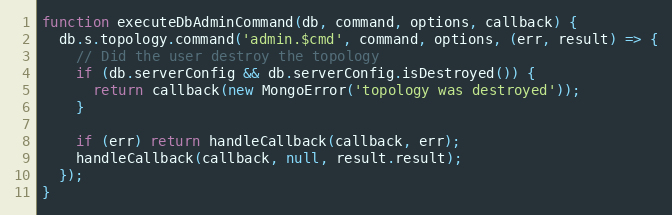
Language: JavaScript
function executeDbAdminCommand(db, command, options, callback) {
  db.s.topology.command('admin.$cmd', command, options, (err, result) => {
    // Did the user destroy the topology
    if (db.serverConfig && db.serverConfig.isDestroyed()) {
      return callback(new MongoError('topology was destroyed'));
    }

    if (err) return handleCallback(callback, err);
    handleCallback(callback, null, result.result);
  });
}